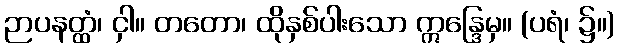
ဉာပနတ္ထံ၊ ငှါ။ တတော၊ ထိုနှစ်ပါးသော ဣန္ဒြေမှ။ (ပရံ၊ ၌။)